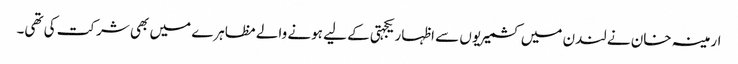
ارمینہ خان نے لندن میں کشمیریوں سے اظہار یکجہتی کے لیے ہونے والے مظاہرے میں بھی شرکت کی تھی۔